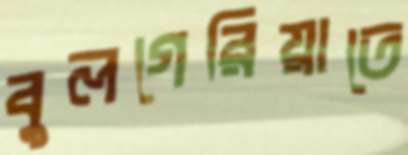
বুলগেরিয়াতে